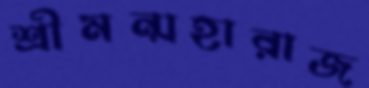
শ্রীমন্মহারাজ